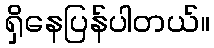
ရှိနေပြန်ပါတယ်။